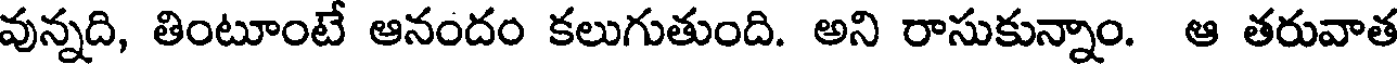
వున్నది, తింటూంటే ఆనందం కలుగుతుంది. అని రాసుకున్నాం. ఆ తరువాత